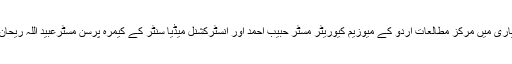
اس ڈاکیومنٹری فلم کی تیاری میں مرکز مطالعاتِ اردو کے میوزیم کیوریٹر مسٹر حبیب احمد اور انسٹرکشنل میڈیا سنٹر کے کیمرہ پرسن مسٹرعبید اللہ ریحان کی کوششیں شامل تھیں۔